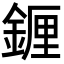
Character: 𬫭